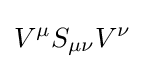
V^{\mu }S_{\mu \nu }V^{\nu }